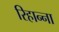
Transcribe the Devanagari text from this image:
रिहान्ना